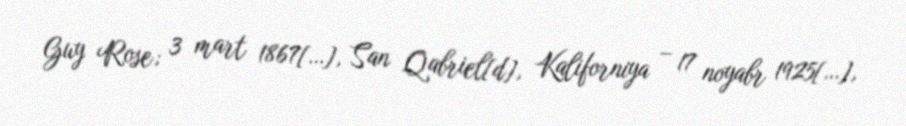
Guy Rose; 3 mart 1867[…], San Qabriel[d], Kaliforniya – 17 noyabr 1925[…],